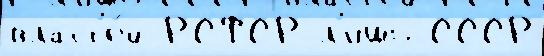
власт'е́й РСФСР л'ишь СССР